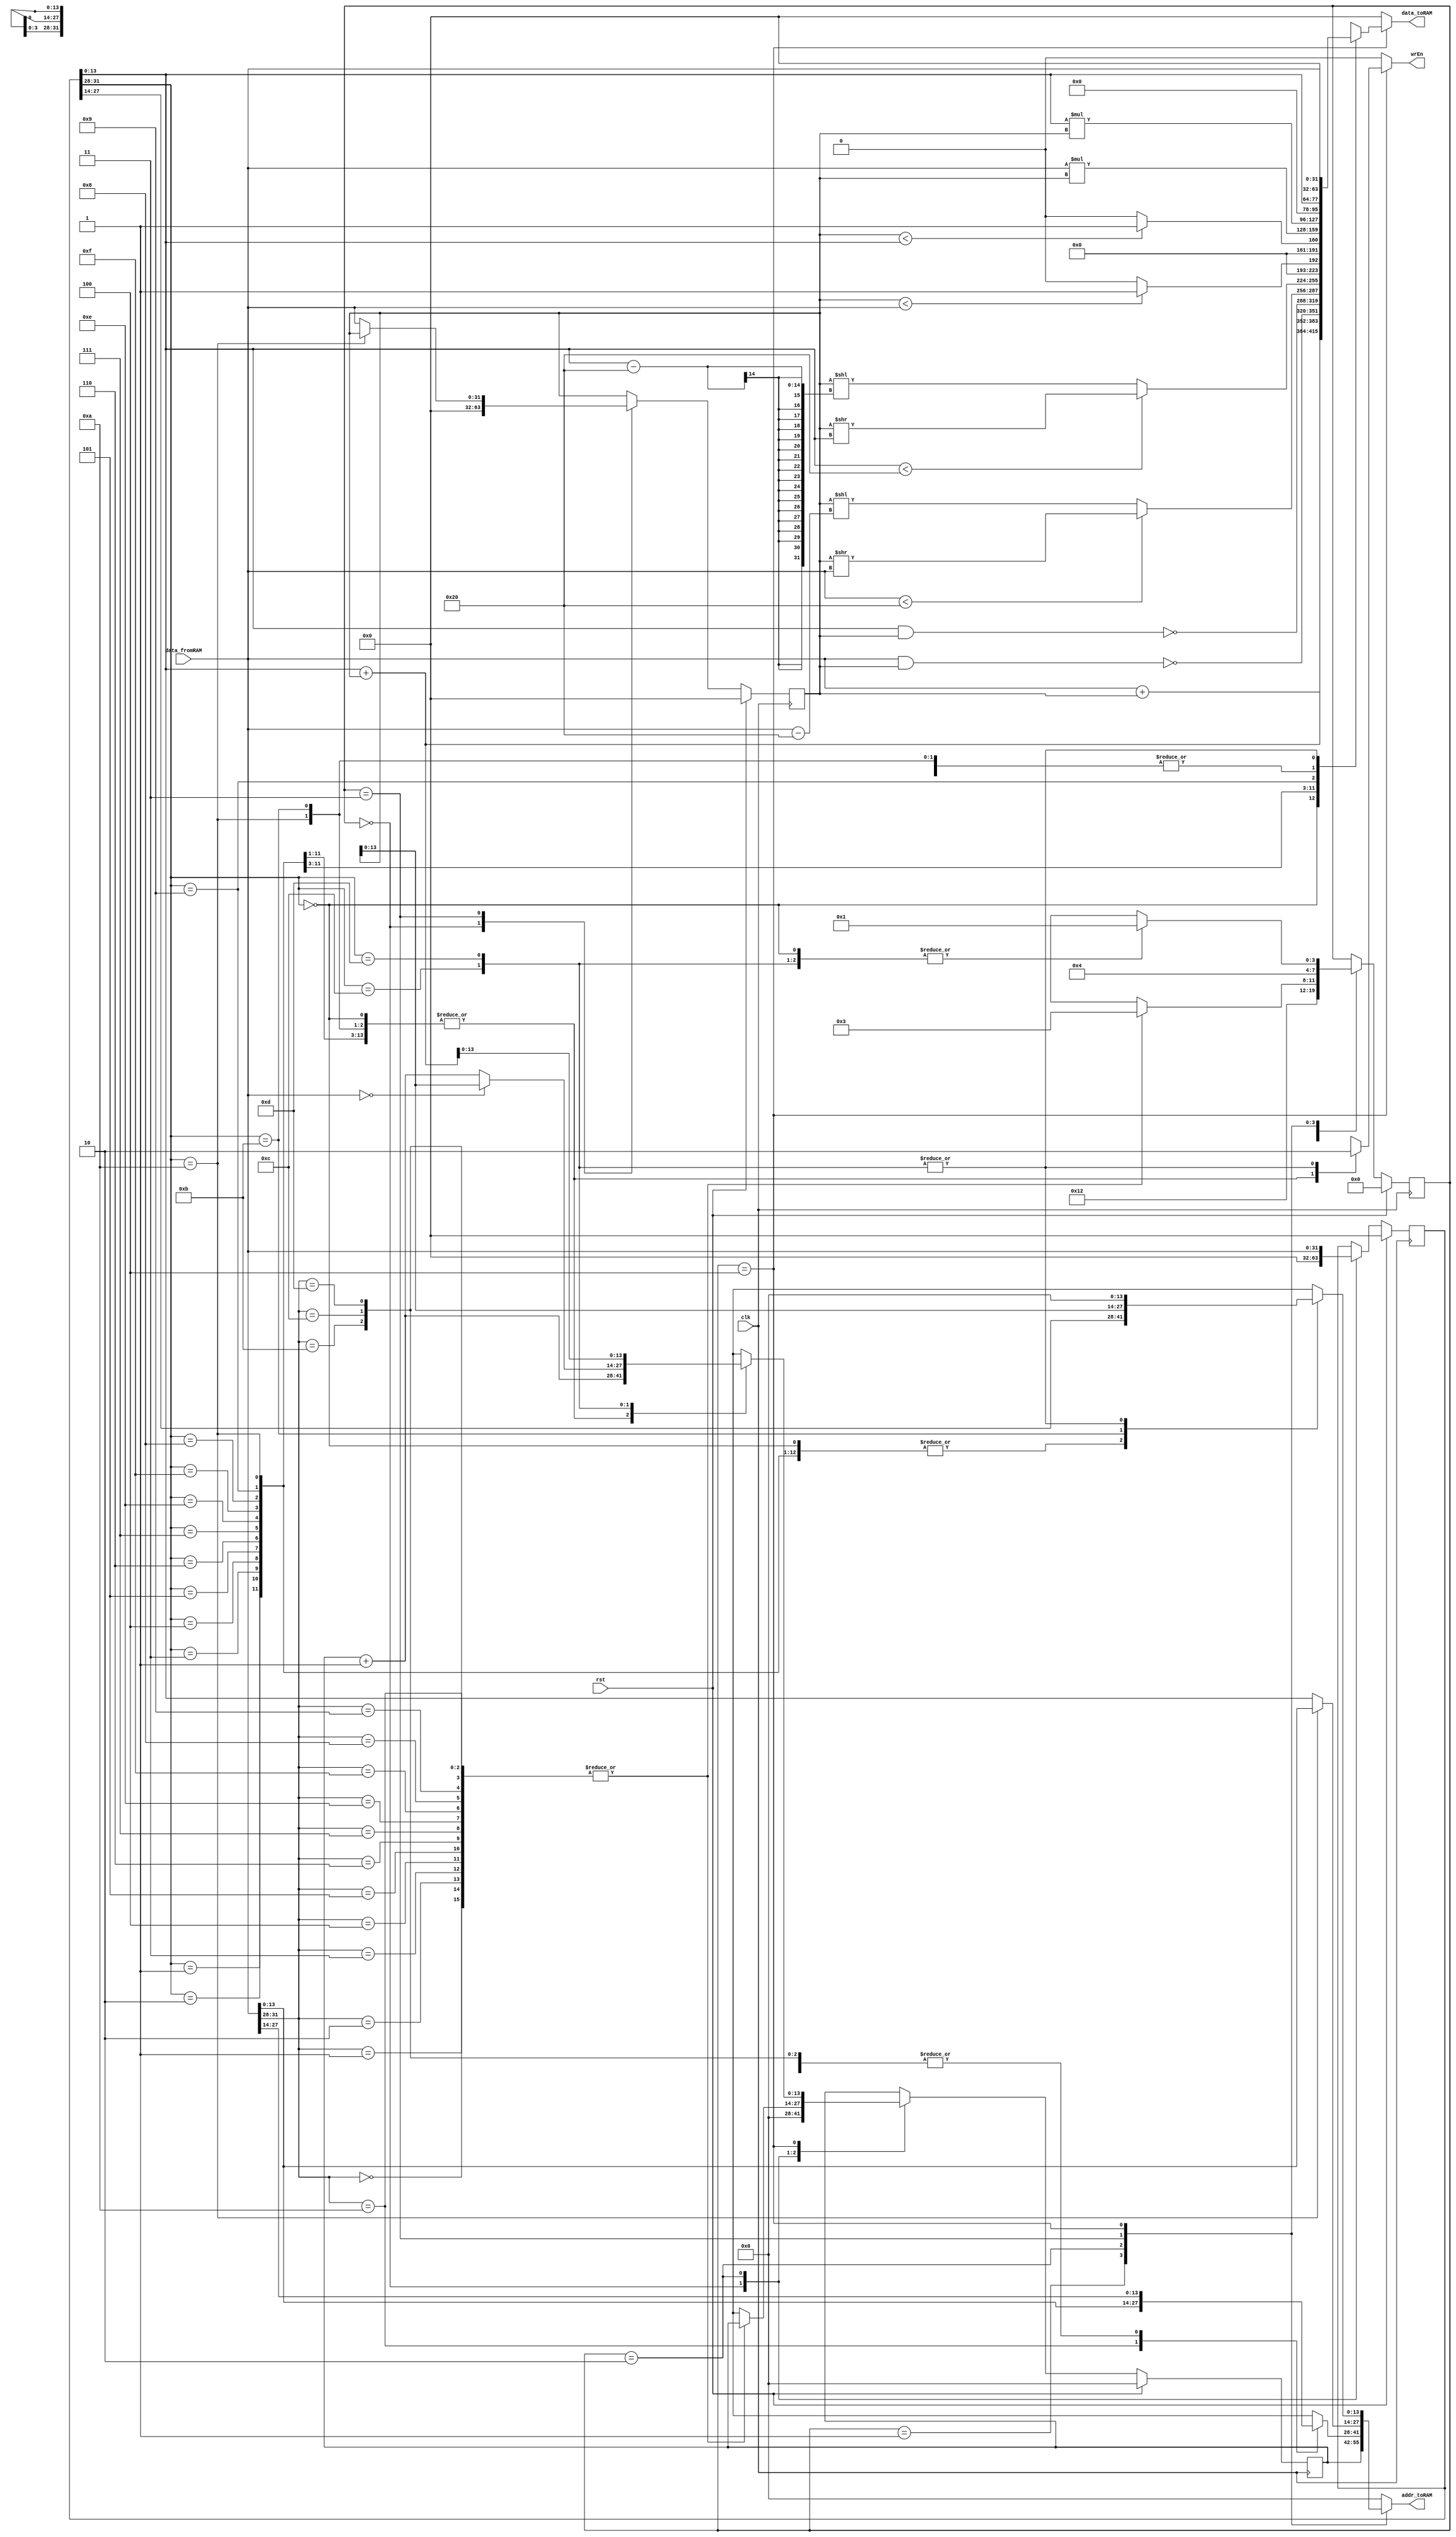

module VerySimpleCPU(clk, rst, data_fromRAM, wrEn, addr_toRAM, data_toRAM);

parameter SIZE = 14;

input clk, rst;
input wire [31:0] data_fromRAM;
output reg wrEn;
output reg [SIZE-1:0] addr_toRAM;
output reg [31:0] data_toRAM;

reg  [3:0]  state_current , state_next;
reg [SIZE -1:0]  pc_current , pc_next;
reg  [31:0]  iw_current , iw_next; 
reg  [31:0]  register_current , register_next;

always@(posedge  clk) begin

	if(rst) begin
		state_current  <= 0;
		pc_current  <= 14'b0;
		iw_current  <= 32'b0;
		register_current  <= 32'b0;
	end

	else  begin
		state_current  <= state_next;
		pc_current  <= pc_next;
		iw_current  <= iw_next;
		register_current  <= register_next;
	end
end

always@ (*)  begin

	state_next = state_current;
	pc_next = pc_current;
	iw_next = iw_current;
	register_next = register_current;
	wrEn = 0;
	addr_toRAM = 0;
	data_toRAM = 0;
	case(state_current)
		0: begin
			pc_next = 0;
			iw_next = 0;
			register_next = 0;
			state_next = 1;
		end
		1: begin
			addr_toRAM = pc_current;				
			state_next = 2;
		end
		2: begin
				iw_next = data_fromRAM;
				case(data_fromRAM [31:28])
					{3'b000 ,1'b0}: begin
					addr_toRAM = data_fromRAM [27:14];		
					state_next = 3;
					end
					{3'b000 ,1'b1}: begin
					addr_toRAM = data_fromRAM [27:14];		
					state_next = 3;
					end
					{3'b001 ,1'b0}: begin
					addr_toRAM = data_fromRAM [27:14];		
					state_next = 3;
					end
					{3'b001 ,1'b1}: begin
					addr_toRAM = data_fromRAM [27:14];		
					state_next = 3;
					end
					{3'b010 ,1'b0}: begin
					addr_toRAM = data_fromRAM [27:14];		
					state_next = 3;
					end
					{3'b010 ,1'b1}: begin
					addr_toRAM = data_fromRAM [27:14];		
					state_next = 3;
					end
					{3'b011 ,1'b0}: begin
					addr_toRAM = data_fromRAM [27:14];		
					state_next = 3;
					end
					{3'b011 ,1'b1}: begin
					addr_toRAM = data_fromRAM [27:14];		
					state_next = 3;
					end
					{3'b111 ,1'b0}: begin
					addr_toRAM = data_fromRAM [27:14];		
					state_next = 3;
					end
					{3'b111 ,1'b1}: begin
					addr_toRAM = data_fromRAM [27:14];		
					state_next = 3;
					end
					{3'b100 ,1'b0}: begin
					addr_toRAM = data_fromRAM [27:14];		
					state_next = 3;
					end
					{3'b100 ,1'b1}: begin
					addr_toRAM = data_fromRAM [27:14];		
					state_next = 3;
					end
					{3'b101 ,1'b0}: begin
					addr_toRAM = data_fromRAM [13:0];		
					state_next = 3;
					end
					{3'b101 ,1'b1}: begin
					addr_toRAM = data_fromRAM [27:14];		
					state_next = 3;
					end
					{3'b110 ,1'b0}: begin
					addr_toRAM = data_fromRAM [27:14];		
					state_next = 3;
					end
					{3'b110 ,1'b1}: begin
					addr_toRAM = data_fromRAM [27:14];		
					state_next = 3;
					end
				default: begin
					pc_next = pc_current;
					state_next = 1;
					end
				endcase
		end		
		3: begin
			case(iw_current [31:28])
				{3'b101 ,1'b0}: begin	
					addr_toRAM = data_fromRAM;
					state_next = 4;
					
				end
				default: begin
					register_next = data_fromRAM;
					addr_toRAM = iw_current [13:0];
					state_next = 4;
				end
			endcase
		end
			
		4: begin
			case(iw_current [31:28])
				{3'b000 ,1'b0}: begin									
					wrEn = 1;
					addr_toRAM = iw_current [27:14];
					data_toRAM = data_fromRAM + register_current;
					pc_next = pc_current + 1'b1;
					state_next = 1;
				end
				{3'b000 ,1'b1}: begin									
					wrEn = 1;
					addr_toRAM = iw_current [27:14];
					data_toRAM = iw_current [13:0] + register_current;
					pc_next = pc_current + 1'b1;
					state_next = 1;
				end
				{3'b001 ,1'b0}: begin									
					wrEn = 1;
					addr_toRAM = iw_current [27:14];
					data_toRAM = ~(data_fromRAM & register_current);
					pc_next = pc_current + 1'b1;
					state_next = 1;
				end
				{3'b001 ,1'b1}: begin									
					wrEn = 1;
					addr_toRAM = iw_current [27:14];
					data_toRAM = ~(iw_current [13:0] & register_current);
					pc_next = pc_current + 1'b1;
					state_next = 1;
				end
				{3'b010 ,1'b0}: begin									   
					wrEn = 1;
					addr_toRAM = iw_current [27:14];
					data_toRAM = (data_fromRAM < 32) ? (register_current >> data_fromRAM) : (register_current << data_fromRAM-32);
					pc_next = pc_current + 1'b1;
					state_next = 1;
				end
				{3'b010 ,1'b1}: begin									
					wrEn = 1;
					addr_toRAM = iw_current [27:14];
					data_toRAM = (iw_current [13:0] < 32) ? (register_current >> iw_current [13:0]) : (register_current << iw_current [13:0]-32);
					pc_next = pc_current + 1'b1;
					state_next = 1;
				end
				{3'b011 ,1'b0}: begin									
					wrEn = 1;
					addr_toRAM = iw_current [27:14];
					data_toRAM = register_current;
					data_toRAM = (register_current < data_fromRAM) ? 1 : 0;
					pc_next = pc_current + 1'b1;
					state_next = 1;
				end
				{3'b011 ,1'b1}: begin									
					wrEn = 1;
					addr_toRAM = iw_current [27:14];
					data_toRAM = (register_current < iw_current [13:0]) ? 1 : 0;
					pc_next = pc_current + 1'b1;
					state_next = 1;
				end
				{3'b111 ,1'b0}: begin									
					wrEn = 1;
					addr_toRAM = iw_current [27:14];
					data_toRAM = data_fromRAM * register_current;
					pc_next = pc_current + 1'b1;
					state_next = 1;
				end
				{3'b111 ,1'b1}: begin									
					wrEn = 1;
					addr_toRAM = iw_current [27:14];
					data_toRAM = iw_current [13:0] * register_current;
					pc_next = pc_current + 1'b1;
					state_next = 1;
				end
				{3'b100 ,1'b0}: begin									
					wrEn = 1;
					addr_toRAM = iw_current [27:14];
					data_toRAM = data_fromRAM;
					pc_next = pc_current + 1'b1;
					state_next = 1;
				end
				{3'b100 ,1'b1}: begin									
					wrEn = 1;
					addr_toRAM = iw_current [27:14];
					data_toRAM = iw_current [13:0];
					pc_next = pc_current + 1'b1;
					state_next = 1;
				end
				{3'b101 ,1'b0}: begin									
					wrEn = 1;
					addr_toRAM = iw_current [27:14];
					data_toRAM = data_fromRAM;
					pc_next = pc_current + 1'b1;
					state_next = 1;
				end
				{3'b101 ,1'b1}: begin									
					wrEn = 1;
					addr_toRAM = register_current;
					data_toRAM = data_fromRAM;
					pc_next = pc_current + 1'b1;
					state_next = 1;
				end
				{3'b110 ,1'b0}: begin									
					pc_next = (data_fromRAM == 0) ? register_current : (pc_current + 1);
					state_next = 1;
				end
				{3'b110 ,1'b1}: begin									
					pc_next = iw_current [13:0] + register_current;
					state_next = 1;
				end
			endcase
		end
	endcase
end
endmodule